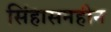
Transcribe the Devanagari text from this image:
सिंहासनहीन